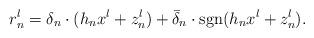
LaTeX: \begin{align*}r_{n}^{l}=\delta_{n}\cdot(h_{n} x^{l}+z_{n}^{l})+\bar{\delta}_n\cdot\mathrm{sgn}(h_{n} x^{l}+z_{n}^{l}).\end{align*}